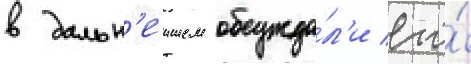
в дальн'еишем обсужда́л'и его́